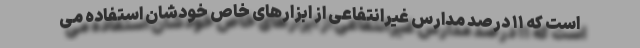
است که ۱۱ درصد مدارس غیرانتفاعی از ابزارهای خاص خودشان استفاده می